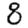
Digit: 8